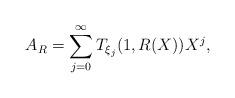
LaTeX: \begin{align*}A_R=\sum_{j=0}^{\infty} T_{\xi_j}(1,R(X))X^j,\end{align*}